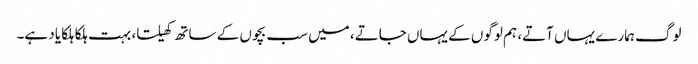
لوگ ہمارے یہاں آتے، ہم لوگوں کے یہاں جاتے، میں سب بچوں کے ساتھ کھیلتا، بہت ہلکا ہلکا یاد ہے۔